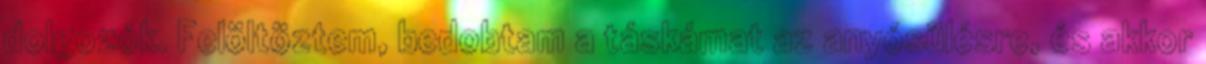
dolgozók. Felöltöztem, bedobtam a táskámat az anyósülésre, és akkor